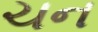
ચન